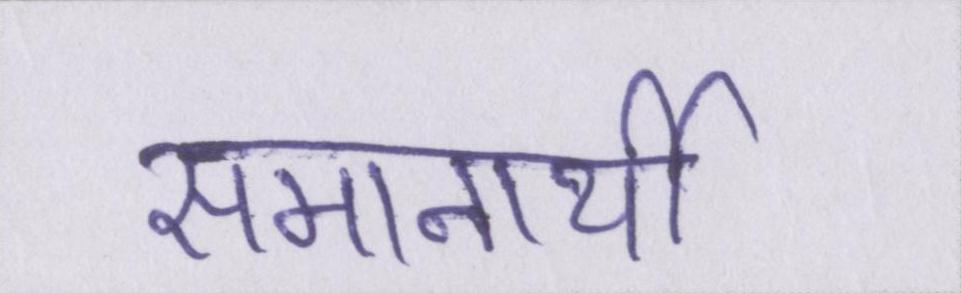
समानार्थी